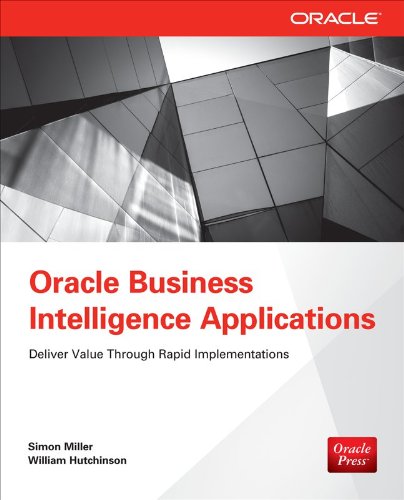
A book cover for Oracle Business Intelligence Applications: Deliver Value Through Rapid Implementations; Simon Miller; Computers & Technology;